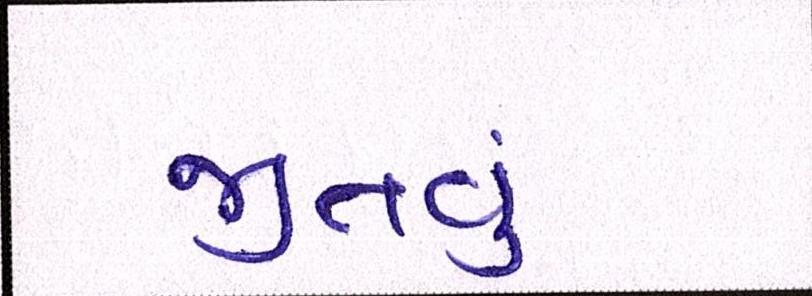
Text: જીતવું